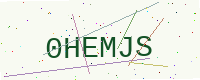
Text: 0HEMJS